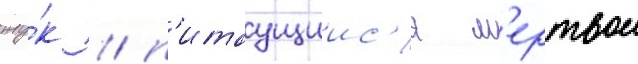
жу́к / п'итаущиис'я м'ертвои